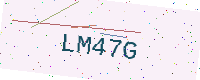
Text: LM47G